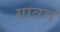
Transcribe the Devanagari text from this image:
गावचं